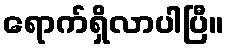
ရောက်ရှိလာပါပြီ။